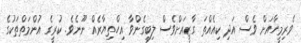
ވެރިމީހާއަށް ވެސް އަދި ކިއެއްތަ ގާޒީއަށްވެސް ލިބިގެންވާ އިހްތިޔާރެއް ނޫނެވެ. ކުރީގެ އުންމަތްތަކުގެ